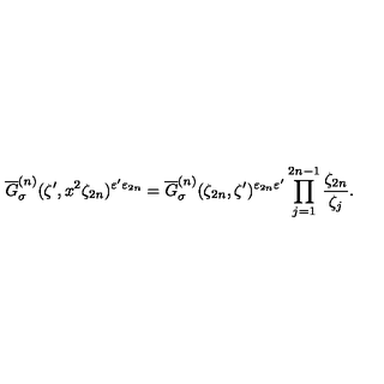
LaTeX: \overline { { G } } _ { \sigma } ^ { ( n ) } ( \zeta ^ { \prime } , x ^ { 2 } \zeta _ { 2 n } ) ^ { \varepsilon ^ { \prime } \varepsilon _ { 2 n } } = \overline { { G } } _ { \sigma } ^ { ( n ) } ( \zeta _ { 2 n } , \zeta ^ { \prime } ) ^ { \varepsilon _ { 2 n } \varepsilon ^ { \prime } } \prod _ { j = 1 } ^ { 2 n - 1 } \frac { \zeta _ { 2 n } } { \zeta _ { j } } .